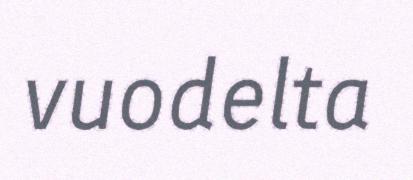
vuodelta